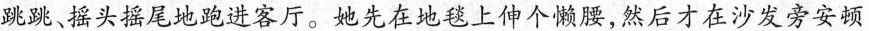
跳跳摇头摇尾地跑进客厅。她先在地毯上伸个懒腰，然后才在沙发旁安顿